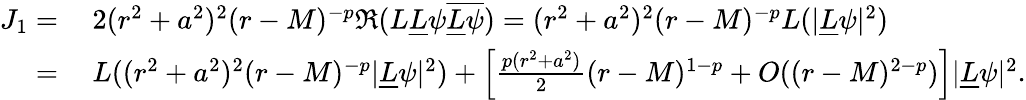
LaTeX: \begin{array}{rl}{J_{1}=}&{\: 2(r^{2}+a^{2})^{2}(r-M)^{-p}\Re(L\underline{{L}}\psi\overline{{\underline{{L}}\psi}})=(r^{2}+a^{2})^{2}(r-M)^{-p}L(|\underline{{L}}\psi|^{2})}\\ {=}&{\: L((r^{2}+a^{2})^{2}(r-M)^{-p}|\underline{{L}}\psi|^{2})+\left[\frac{p(r^{2}+a^{2})}{2}(r-M)^{1-p}+O((r-M)^{2-p})\right]|\underline{{L}}\psi|^{2}.}\end{array}